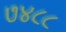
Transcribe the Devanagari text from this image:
७४८८